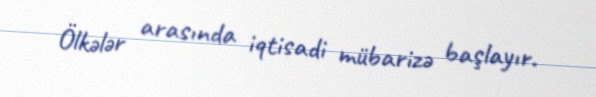
Ölkələr arasında iqtisadi mübarizə başlayır.